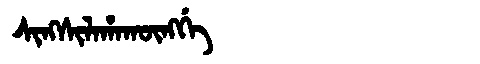
Manchu: ᠰᡳᠩᠰᡳᠯᠠᡥᠠᡴᡡᠩᡤᡝ
Romanization: SINGSILAHAKŪNGGE